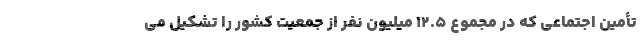
تأمین اجتماعی که در مجموع ۱۲.۵ میلیون نفر از جمعیت کشور را تشکیل می